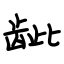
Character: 龇